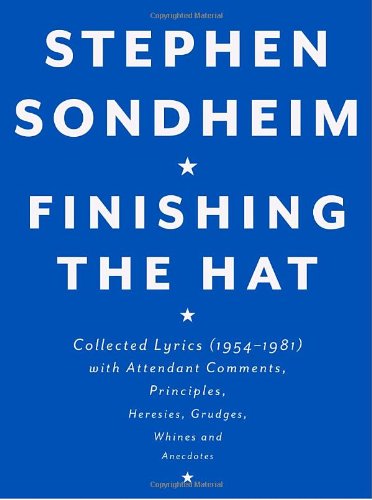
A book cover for Finishing the Hat: Collected Lyrics (1954-1981) with Attendant Comments, Principles, Heresies, Grudges, Whines and Anecdotes; Stephen Sondheim; Humor & Entertainment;